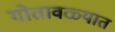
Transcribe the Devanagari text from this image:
गोतावळ्यात